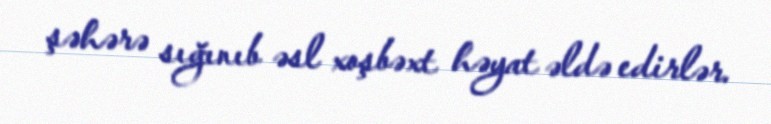
şəhərə sığınıb əsl xoşbəxt həyat əldə edirlər.